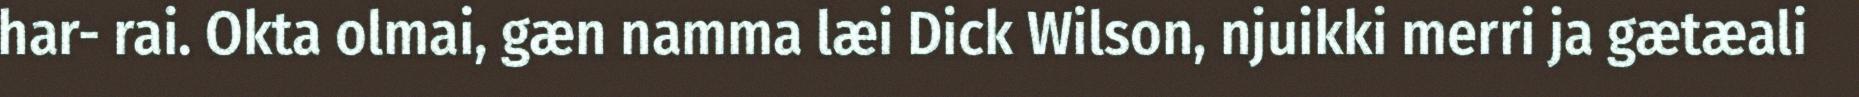
har- rai. Okta olmai, gæn namma læi Dick Wilson, njuikki merri ja gætæali